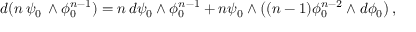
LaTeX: d ( n \, \psi _ { 0 } \, \wedge \phi _ { 0 } ^ { n - 1 } ) = n \, d \psi _ { 0 } \wedge \phi _ { 0 } ^ { n - 1 } + n \psi _ { 0 } \wedge \left( ( n - 1 ) \phi _ { 0 } ^ { n - 2 } \wedge d \phi _ { 0 } \right) ,